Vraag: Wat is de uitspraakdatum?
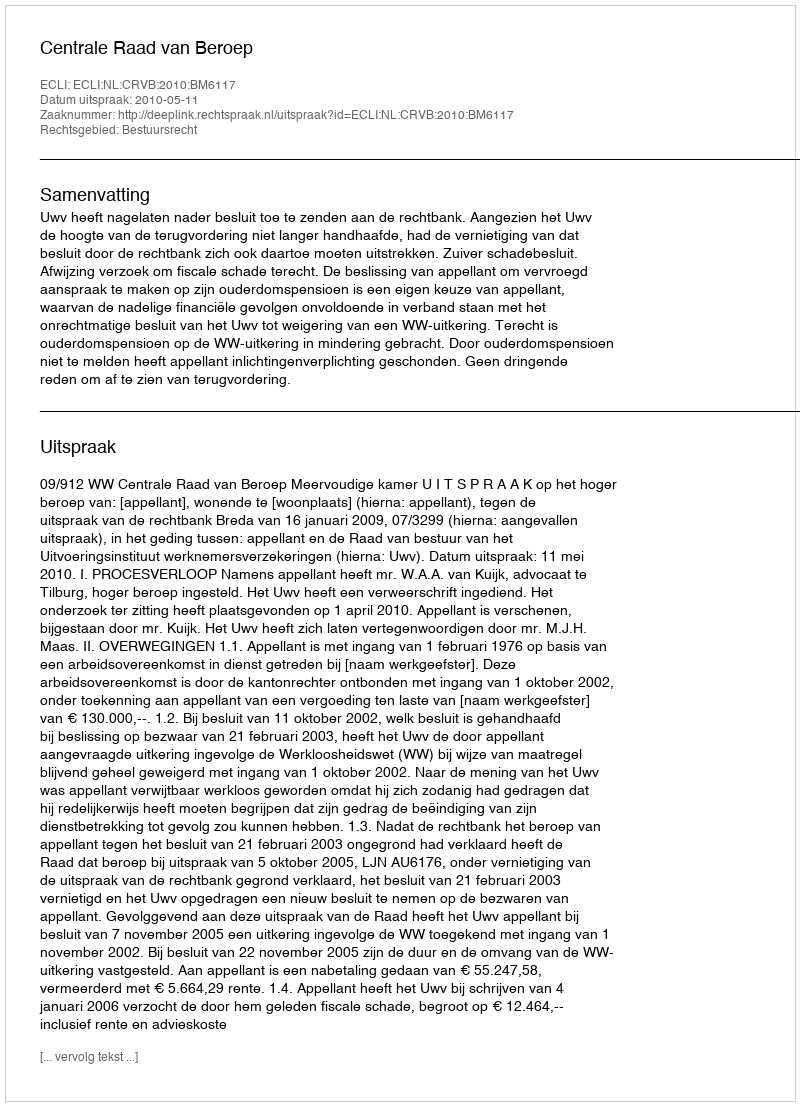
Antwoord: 2010-05-11